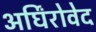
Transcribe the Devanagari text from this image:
अर्घिंरोवेद